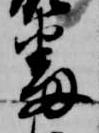
番